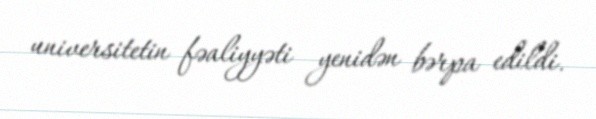
universitetin fəaliyyəti yenidən bərpa edildi.